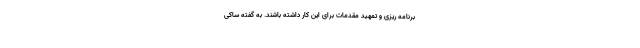
برنامه ریزی و تمهید مقدمات برای این کار داشته باشند. به گفته ساکی